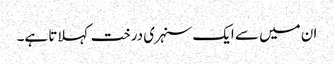
ان میں سے ایک سنہری درخت کہلاتا ہے۔